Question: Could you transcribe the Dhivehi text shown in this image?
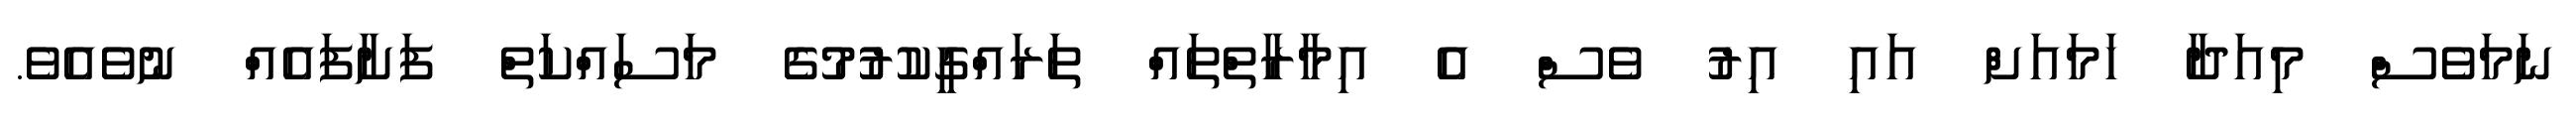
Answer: ނަމަވެސް މިއަދާ ހަމައަށް އައި އިރު ވެސް އެ އިމާރާތްތައް ތަރައްގީކުރުުމުގެ މަސައްކަތް ފަށާފައެއް ނުވެއެވެ.